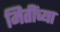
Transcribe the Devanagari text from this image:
मितींच्या